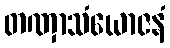
တဏှာသံယောဇနံ